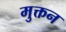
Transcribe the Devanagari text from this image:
मुक्तन